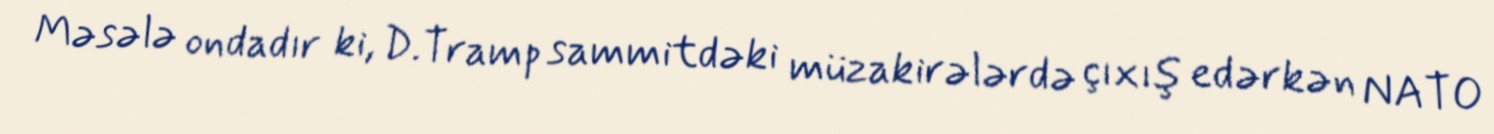
Məsələ ondadır ki, D.Tramp sammitdəki müzakirələrdə çıxış edərkən NATO